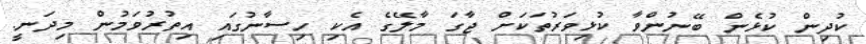
ކުދިން ކުޅެން ބޭނުންވާ ކުޅިވަރުތަކަށް ޖާގަ މާލޭގެ އެކި ހިސާނުގައި އިތުރުވަމުން މިދަނީ.